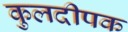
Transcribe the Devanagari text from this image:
कुलदीपक